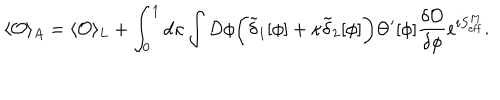
\langle { \cal O } \rangle _ { A } = \langle { \cal O } \rangle _ { L } + \int _ { 0 } ^ { 1 } d \kappa \int D \phi \biggl ( \tilde { \delta } _ { 1 } [ \phi ] + \kappa \tilde { \delta } _ { 2 } [ \phi ] \biggr ) \Theta ^ { \prime } [ \phi ] { \frac { \delta { \cal O } } { \delta \phi } } e ^ { i S _ { \mathrm { e f f } } ^ { M } } .